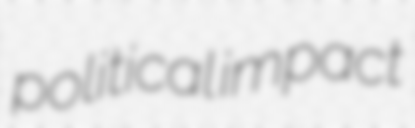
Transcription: political impact